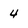
Character: 4